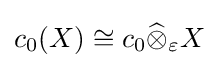
c_{0}(X)\cong c_{0}{\widehat {\otimes }}_{\varepsilon }X